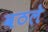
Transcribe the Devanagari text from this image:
वठले